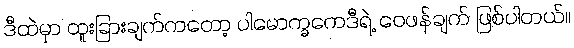
ဒီထဲမှာ ထူးခြားချက်ကတော့ ပါမောက္ခကေဒီရဲ့ ဝေဖန်ချက် ဖြစ်ပါတယ်။